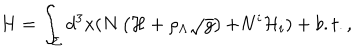
LaTeX: H = \int _ { \Sigma } d ^ { 3 } x ( N \left( { \cal H } + \rho _ { \Lambda } \sqrt { g } \right) { \cal + } N ^ { i } { \cal H } _ { i } ) + b . t . ,